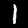
Digit: 1